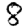
Digit: 8